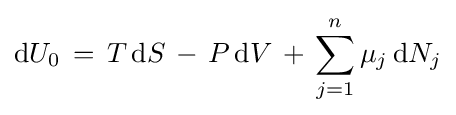
\mathrm {d} U_{0}\,=\,T\,\mathrm {d} S\,-\,P\,\mathrm {d} V\,+\,\sum _{j=1}^{n}\mu _{j}\,\mathrm {d} N_{j}